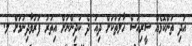
އަދި ތަންކޮޅެއް ސީރިއަސް ހާލަތަކަށް ދިއަ ދެ ކުދިންނަށް އިތުރު ފަރުވާދިނުމަށް ލ.